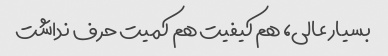
بسیار عالی، هم کیفیت هم کمیت حرف نداشت